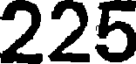
225